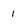
Character: 1